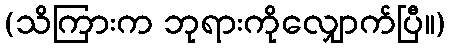
(သိကြားက ဘုရားကိုလျှောက်ပြီ။)